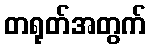
တရုတ်အတွက်